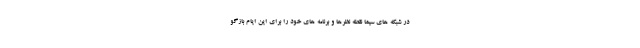
در شبکه های سیما نقطه نظرها و برنامه های خود را برای این ایام بازگو